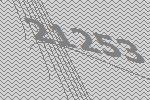
21253